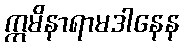
ဣမိနာရာမဒါနေန